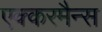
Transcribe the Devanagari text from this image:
एक्करमैन्स